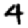
Digit: 4